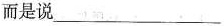
而是说___